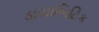
ડાયાબિટિક